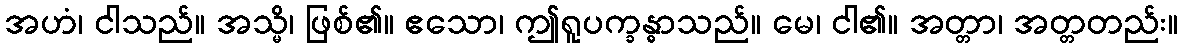
အဟံ၊ ငါသည်။ အသ္မိ၊ ဖြစ်၏။ ဧသော၊ ဤရူပက္ခန္ဓာသည်။ မေ၊ ငါ၏။ အတ္တာ၊ အတ္တတည်း။